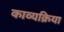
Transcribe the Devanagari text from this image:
काव्यक्रिया